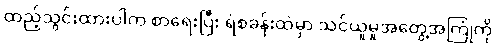
ထည့်သွင်းထားပါက စာရေးပြီး ရဲစခန်းထဲမှာ သင်ယူမှုအတွေ့အကြုံကို